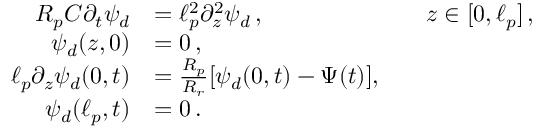
\begin{array} { r l r l } { R _ { p } C \partial _ { t } \psi _ { d } } & { = \ell _ { p } ^ { 2 } \partial _ { z } ^ { 2 } \psi _ { d } \, , } & & { z \in [ 0 , \ell _ { p } ] \, , } \\ { \psi _ { d } ( z , 0 ) } & { = 0 \, , } \\ { \ell _ { p } \partial _ { z } \psi _ { d } ( 0 , t ) } & { = \frac { R _ { p } } { R _ { r } } [ \psi _ { d } ( 0 , t ) - \Psi ( t ) ] , } \\ { \psi _ { d } ( \ell _ { p } , t ) } & { = 0 \, . } \end{array}